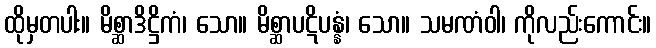
ထိုမှတပါး။ မိစ္ဆာဒိဋ္ဌိကံ၊ သော။ မိစ္ဆာပဋိပန္နံ၊ သော။ သမဏံဝါ၊ ကိုလည်းကောင်း။